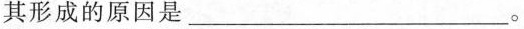
其形成的原因是_________。